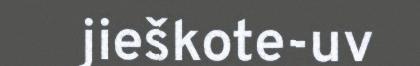
jieškote-uv